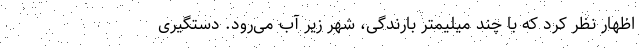
اظهار نظر کرد که با چند میلیمتر بارندگی، شهر زیر آب می‌رود. دستگیری